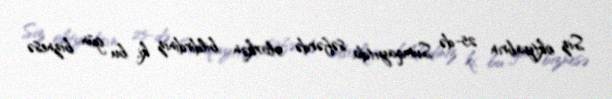
Siz oktyabrın 25-də Sumqayıtda səfərdə olarkən bildirdiniz ki, bu gün biznesə